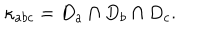
LaTeX: \kappa _ { a b c } = D _ { a } \cap D _ { b } \cap D _ { c } .